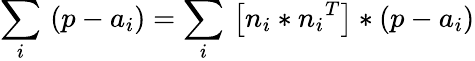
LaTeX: {\underset{i}{\mathop{\sum}}}\, \left(p-{{a}_{i}}\right)={\underset{i}{\mathop{\sum}}}\, \left[{{n}_{i}}*{{n}_{i}}^{T}\right]*\left(p-{{a}_{i}}\right)